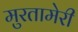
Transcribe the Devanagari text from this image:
मुरतामेरी